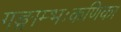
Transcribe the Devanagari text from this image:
गङ्गाम्भःकणिका